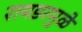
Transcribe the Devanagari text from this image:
रायडरमुळे